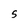
Character: S